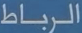
الرباط